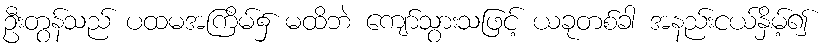
ဦးတွန်သည် ပထမအကြိမ်၌ မထိဘဲ ကျော်သွားသဖြင့် ယခုတစ်ခါ အနည်းငယ်နှိမ့်၍